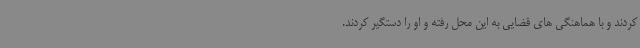
کردند و با هماهنگی های قضایی به این محل رفته و او را دستگیر کردند.